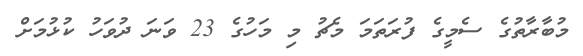
މުބާރާތުގެ ސެމީގެ ފުރަތަމަ މެޗު މި މަހުގެ 23 ވަނަ ދުވަހު ކުޅުމަށް